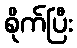
စိုက်ပြီး